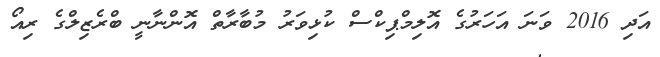
އަދި 2016 ވަނަ އަހަރުގެ އޮލިމްޕިކްސް ކުޅިވަރު މުބާރާތް އޮންނާނީ ބްރެޒިލްގެ ރިއޯ